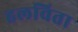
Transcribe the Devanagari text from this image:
हलविता